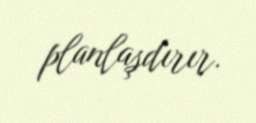
planlaşdırır.